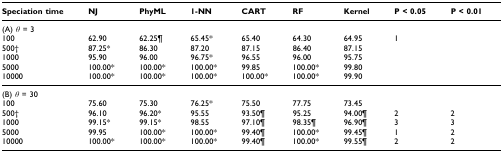
<table><thead><tr><td><b>Speciation time</b></td><td><b>NJ</b></td><td><b>PhyML</b></td><td><b>1-NN</b></td><td><b>CART</b></td><td><b>RF</b></td><td><b>Kernel</b></td><td><b>P &lt; 0.05</b></td><td><b>P &lt; 0.01</b></td></tr></thead><tbody><tr><td>(A) <i>θ </i>= 3</td><td></td><td></td><td></td><td></td><td></td><td></td><td></td><td></td></tr><tr><td>100</td><td>62.90</td><td>62.25 ¶</td><td>65.45 *</td><td>65.40</td><td>64.30</td><td>64.95</td><td>1</td><td></td></tr><tr><td>500 †</td><td>87.25*</td><td>86.30</td><td>87.20</td><td>87.15</td><td>86.40</td><td>87.15</td><td></td><td></td></tr><tr><td>1000</td><td>95.90</td><td>96.00</td><td>96.75 *</td><td>96.55</td><td>96.00</td><td>95.75</td><td></td><td></td></tr><tr><td>5000</td><td>100.00 *</td><td>100.00 *</td><td>100.00 *</td><td>99.85</td><td>100.00 *</td><td>99.80</td><td></td><td></td></tr><tr><td>10000</td><td>100.00 *</td><td>100.00 *</td><td>100.00 *</td><td>100.00 *</td><td>100.00 *</td><td>99.90</td><td></td><td></td></tr><tr><td>(B) <i>θ </i>= 30</td><td></td><td></td><td></td><td></td><td></td><td></td><td></td><td></td></tr><tr><td>100</td><td>75.60</td><td>75.30</td><td>76.25 *</td><td>75.50</td><td>77.75</td><td>73.45</td><td></td><td></td></tr><tr><td>500 †</td><td>96.10</td><td>96.20 *</td><td>95.55</td><td>93.50 ¶</td><td>95.25</td><td>94.00 ¶</td><td>2</td><td>2</td></tr><tr><td>1000</td><td>99.15 *</td><td>99.15 *</td><td>98.55</td><td>97.10 ¶</td><td>98.35 ¶</td><td>96.90 ¶</td><td>3</td><td>3</td></tr><tr><td>5000</td><td>99.95</td><td>100.00 *</td><td>100.00 *</td><td>99.40 ¶</td><td>100.00 *</td><td>99.45 ¶</td><td>1</td><td>2</td></tr><tr><td>10000</td><td>100.00 *</td><td>100.00 *</td><td>100.00 *</td><td>99.40 ¶</td><td>100.00 *</td><td>99.55 ¶</td><td>2</td><td>2</td></tr></tbody></table>